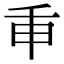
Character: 𢆍